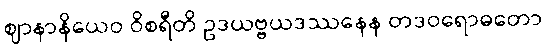
ဈာနာနိယေဝ ဝိစရီတိ ဥဒယဗ္ဗယဒဿနေန တဒဝရောဓတော